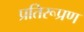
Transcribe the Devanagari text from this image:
प्रतिरूप्रण